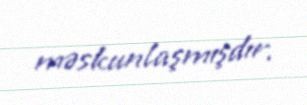
məskunlaşmışdır.